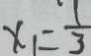
x _ { 1 } = \frac { 1 } { 3 }